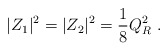
\begin{align*}|Z_1|^2=|Z_2|^2={1\over8}Q_R^2\ .\end{align*}